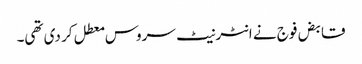
قابض فوج نے انٹرنیٹ سروس معطل کر دی تھی۔